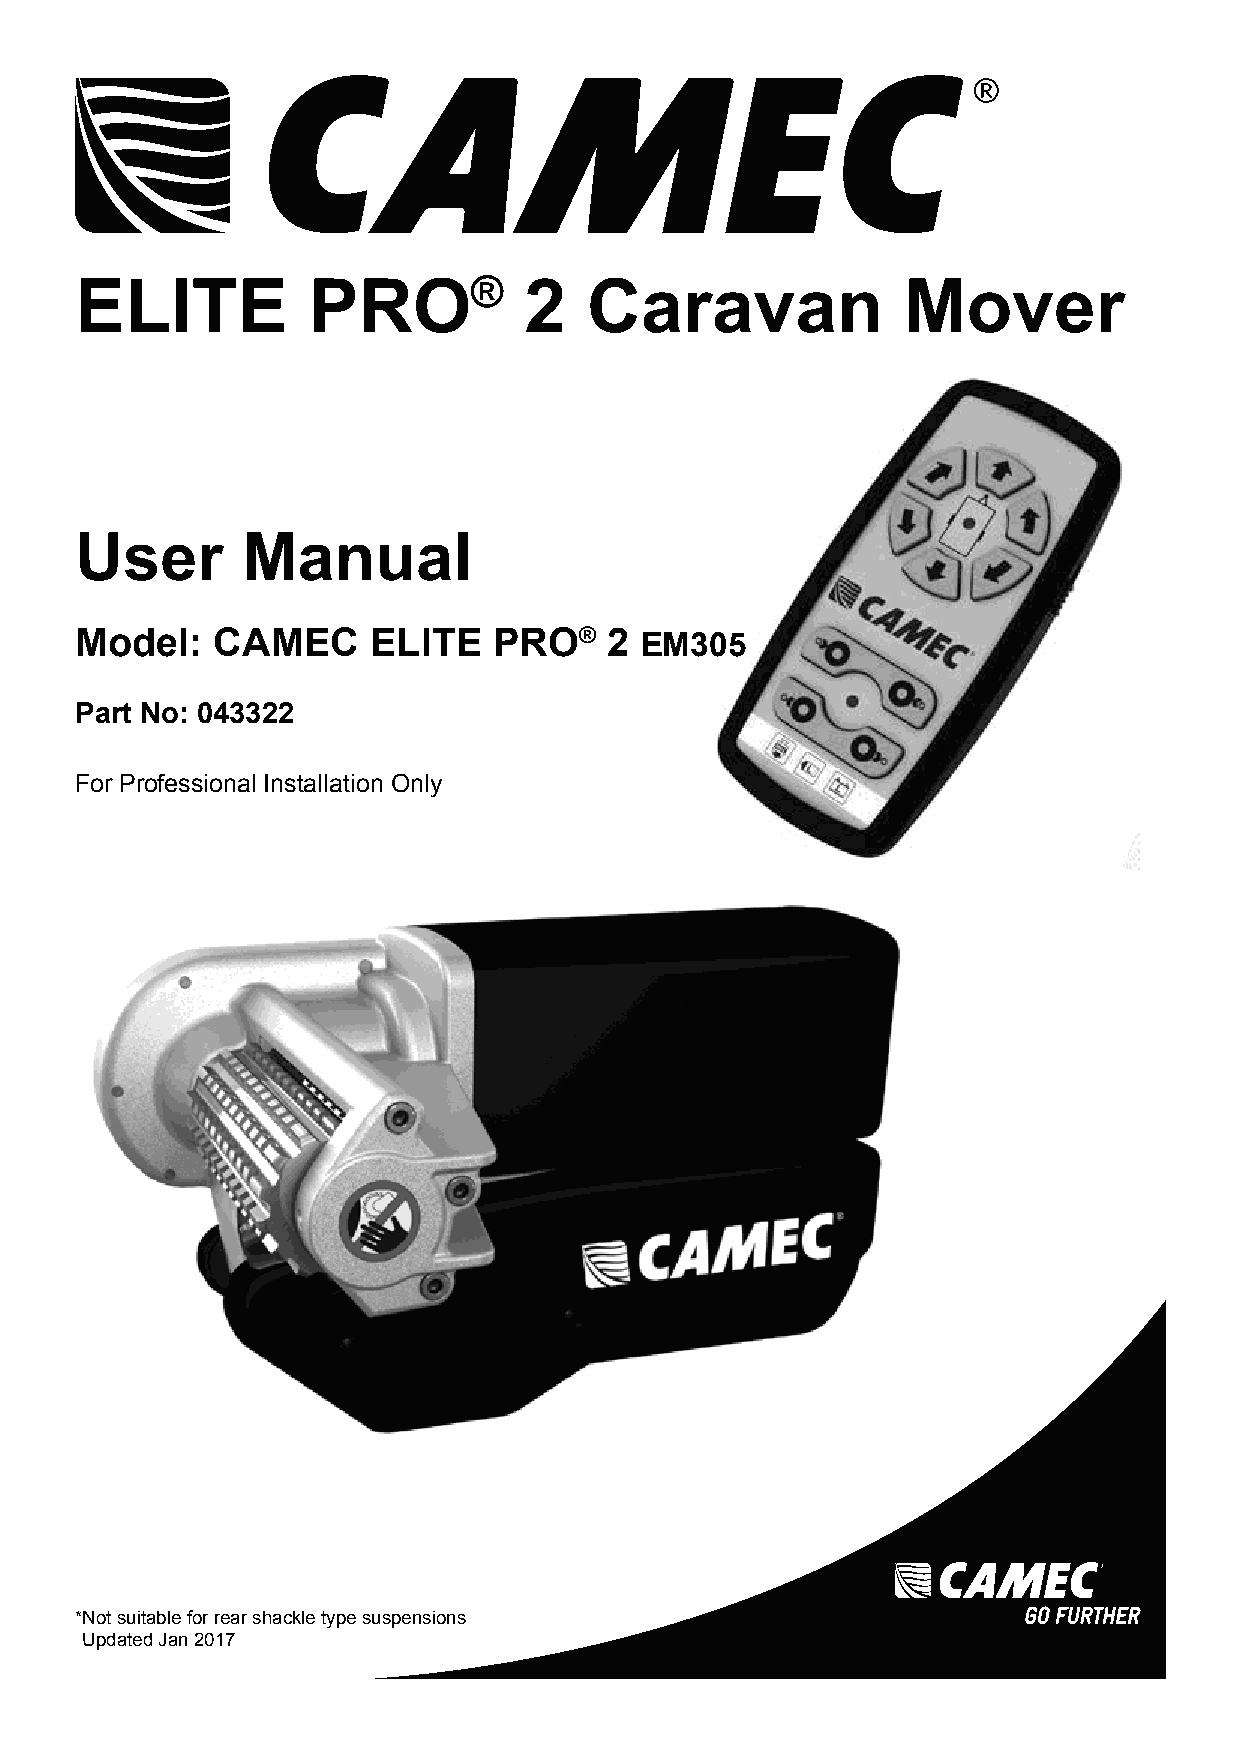
ELITE          PRO®           2   Caravan              Mover
 User       Manual
 Model:   CAMEC     ELITE    PRO®   2 EM305
 Part No: 043322
 For Professional Installation Only
 *Not suitable for rear shackle type suspensions
 Updated Jan 2017